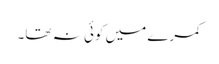
کمرے میں کوئی نہ تھا۔